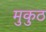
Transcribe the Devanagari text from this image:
मुकुठ